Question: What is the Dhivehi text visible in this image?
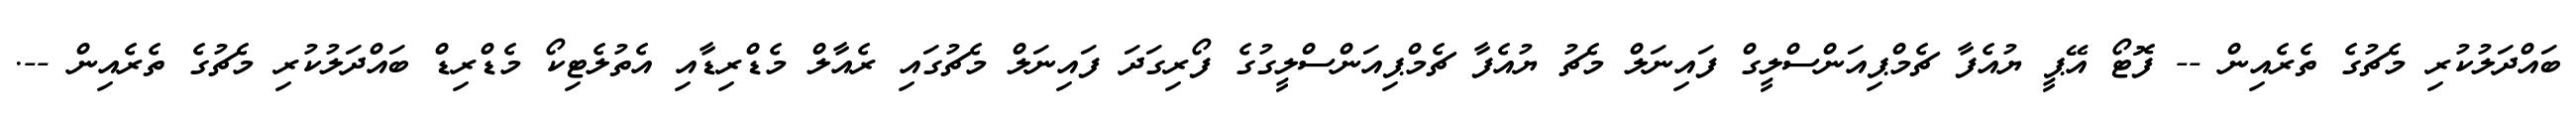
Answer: ބައްދަލުކުރި މެޗުގެ ތެރެއިން -- ފޮޓޯ އޭޕީ ޔުއެފާ ޗެމްޕިއަންސްލީގް ފައިނަލް މެޗު ޔުއެފާ ޗެމްޕިއަންސްލީގުގެ ފޯރިގަދަ ފައިނަލް މެޗުގައި ރެއާލް މެޑްރިޑާއި އެތުލެޓިކޯ މެޑްރިޑް ބައްދަލުކުރި މެޗުގެ ތެރެއިން --.